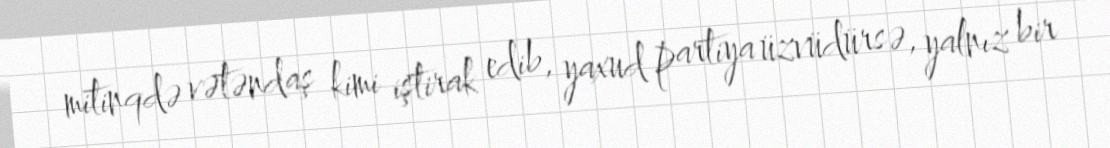
mitinqdə vətəndaş kimi iştirak edib, yaxud partiya üzvüdürsə, yalnız bir